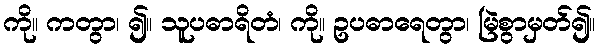
ကို။ ကတွာ၊ ၍။ သူပဓာရိတံ၊ ကို။ ဥပဓာရေတွာ၊ မြဲစွာမှတ်၍။